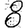
Digit: 8